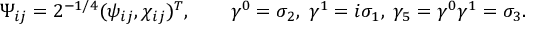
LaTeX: \Psi _ { i j } = 2 ^ { - 1 / 4 } ( \psi _ { i j } , \chi _ { i j } ) ^ { T } , \qquad \gamma ^ { 0 } = \sigma _ { 2 } , \; \gamma ^ { 1 } = i \sigma _ { 1 } , \; \gamma _ { 5 } = \gamma ^ { 0 } \gamma ^ { 1 } = \sigma _ { 3 } .